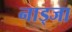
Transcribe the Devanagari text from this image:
नाड्जा